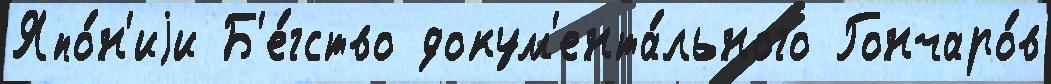
Япо́н'иjи Б'е́гство докум'ента́льного Гончаро́в